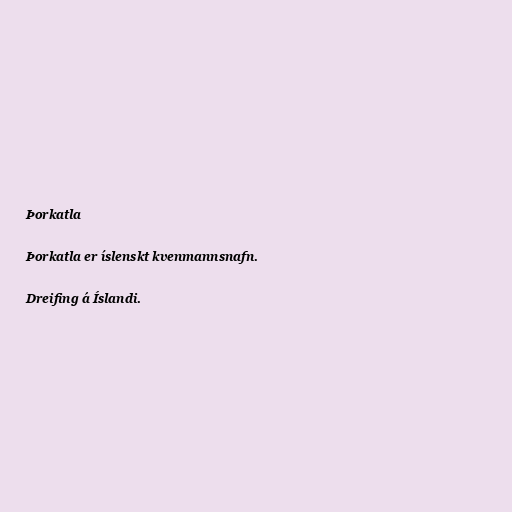
Þorkatla

Þorkatla er íslenskt kvenmannsnafn.

Dreifing á Íslandi.